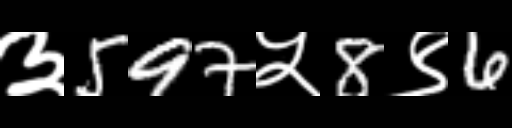
Text: ३597५8९6